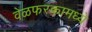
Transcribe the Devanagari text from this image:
वेळफरकामध्ये